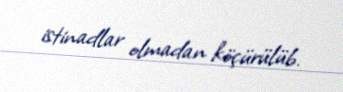
istinadlar olmadan köçürülüb.